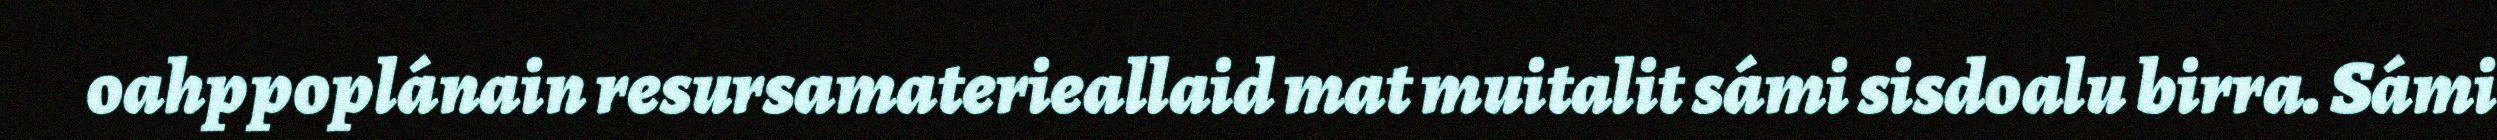
oahppoplánain resursamaterieallaid mat muitalit sámi sisdoalu birra. Sámi